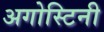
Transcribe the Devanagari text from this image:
अगोस्टिनी